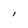
Character: I